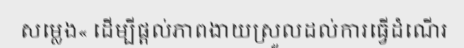
សម្លេង« ដើម្បីផ្តល់ភាពងាយស្រួលដល់ការធ្វើដំណើរ